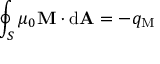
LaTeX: \oint _ { S } \mu _ { 0 } \mathbf { M } \cdot \mathrm { d } \mathbf { A } = - q _ { \mathrm { M } }